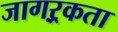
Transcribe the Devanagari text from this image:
जागऱ्रकता